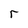
Character: r